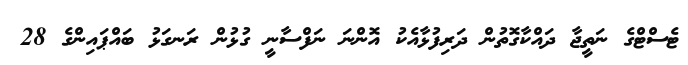
ޓެސްޓްގެ ނަތީޖާ ދައްކާގޮތުން ދަރިފުޅާއެކު އޮންނަ ނަފްސާނީ ގުޅުން ރަނގަޅު ބައްޕައިންގެ 28